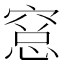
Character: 𥧁